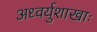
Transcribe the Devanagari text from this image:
अध्वर्युशाखाः